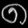
Digit: ၈